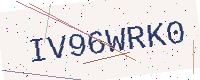
Text: IV96WRK0